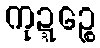
ကုဍ္ဍဉ္စေ